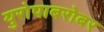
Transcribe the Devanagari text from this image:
युरोपाबरोबर